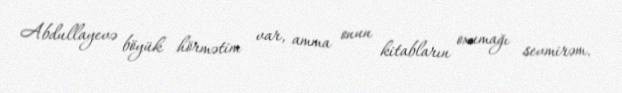
Abdullayevə böyük hörmətim var, amma onun kitabların oxumağı sevmirəm.